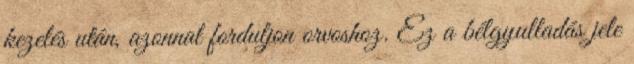
kezelés után, azonnal forduljon orvoshoz. Ez a bélgyulladás jele